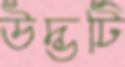
উদ্ভটি